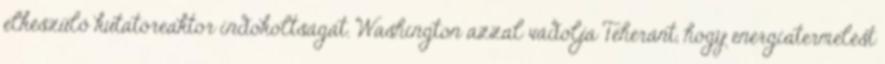
elkészülő kutatóreaktor indokoltságát. Washington azzal vádolja Teheránt, hogy energiatermelést